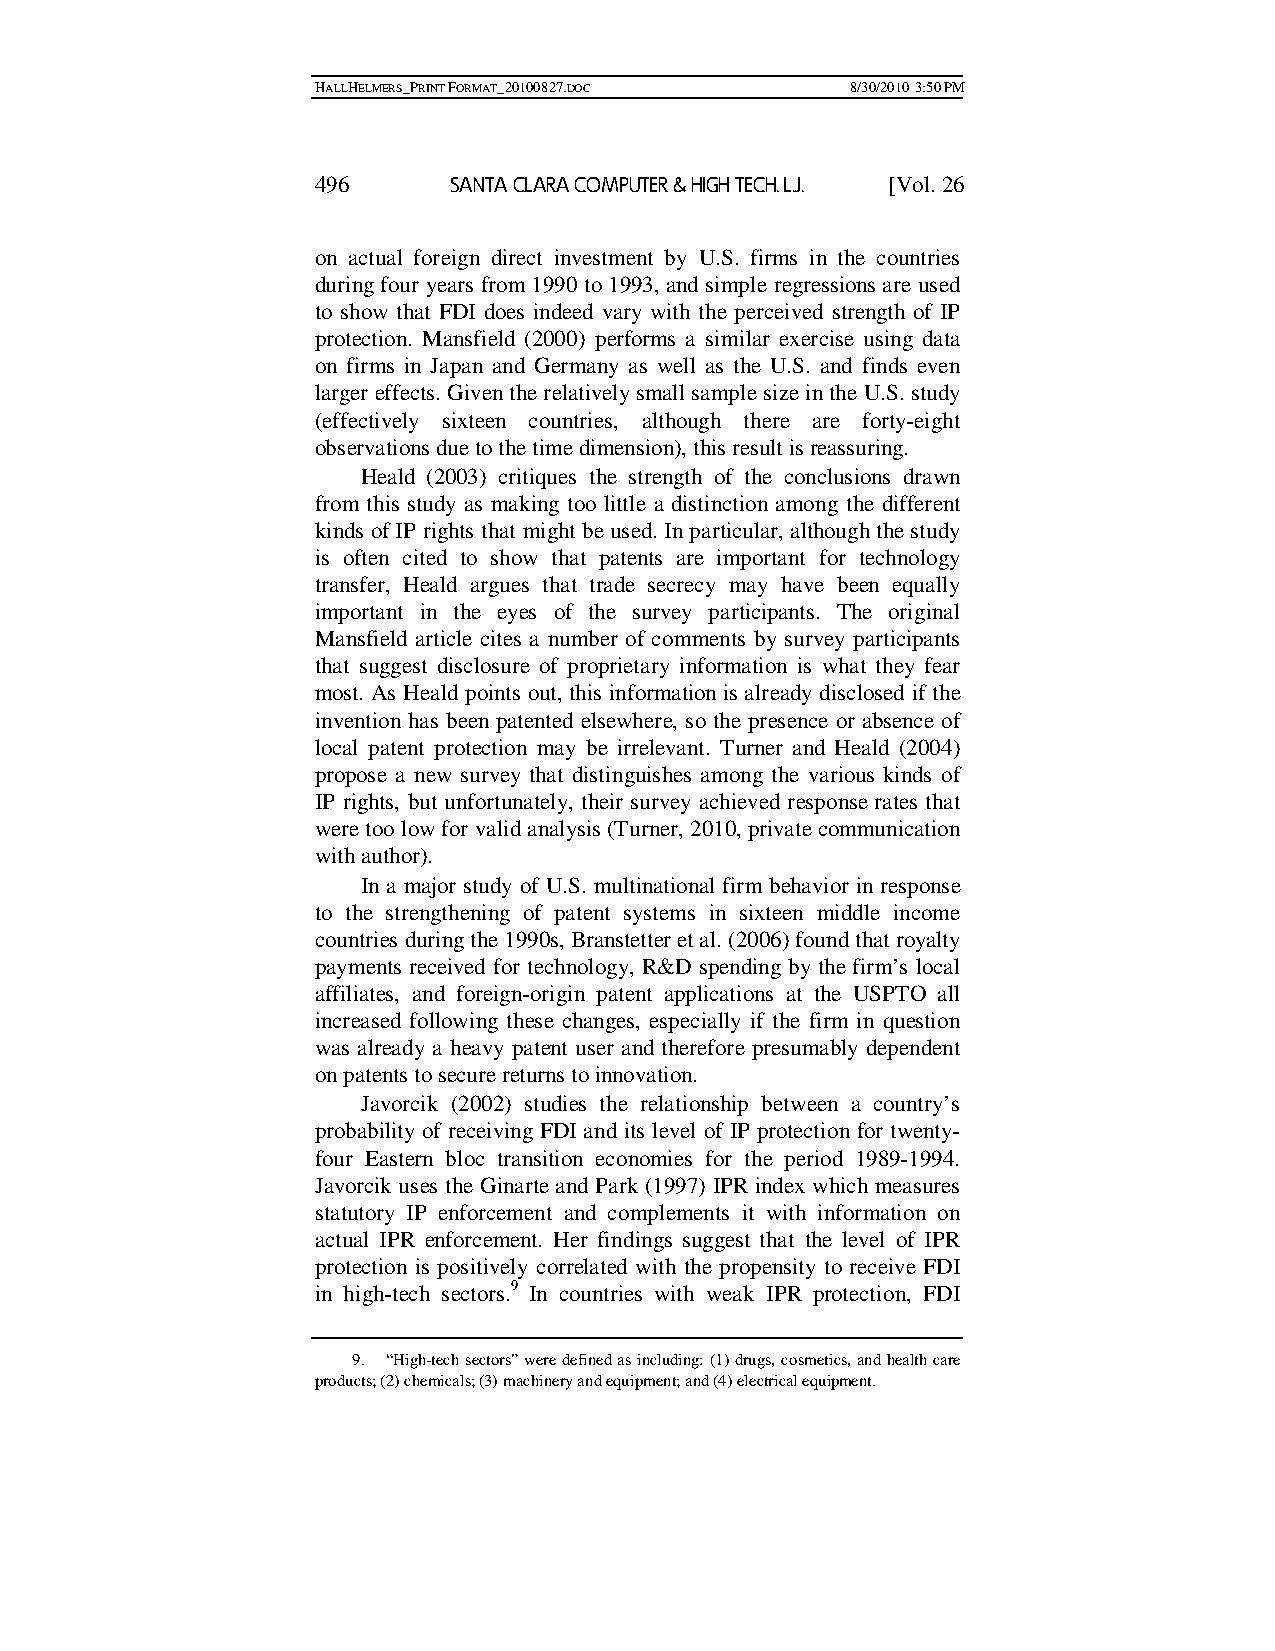
HALLHELMERS_PRINT FORMAT_20100827.DOC 8/30/2010 3:50 PM
 496      SANTA CLARA COMPUTER & HIGH TECH. L.J. [Vol. 26
 on actual foreign direct investment by U.S. firms in the countries
 during four years from 1990 to 1993, and simple regressions are used
 to show that FDI does indeed vary with the perceived strength of IP
 protection. Mansfield (2000) performs a similar exercise using data
 on firms in Japan and Germany as well as the U.S. and finds even
 larger effects. Given the relatively small sample size in the U.S. study
 (effectively sixteen countries, although there are forty-eight
 observations due to the time dimension), this result is reassuring.
 Heald (2003) critiques the strength of the conclusions drawn
 from this study as making too little a distinction among the different
 kinds of IP rights that might be used. In particular, although the study
 is often cited to show that patents are important for technology
 transfer, Heald argues that trade secrecy may have been equally
 important in the eyes of the survey participants. The original
 Mansfield article cites a number of comments by survey participants
 that suggest disclosure of proprietary information is what they fear
 most. As Heald points out, this information is already disclosed if the
 invention has been patented elsewhere, so the presence or absence of
 local patent protection may be irrelevant. Turner and Heald (2004)
 propose a new survey that distinguishes among the various kinds of
 IP rights, but unfortunately, their survey achieved response rates that
 were too low for valid analysis (Turner, 2010, private communication
 with author).
 In a major study of U.S. multinational firm behavior in response
 to the strengthening of patent systems in sixteen middle income
 countries during the 1990s, Branstetter et al. (2006) found that royalty
 payments received for technology, R&D spending by the firm’s local
 affiliates, and foreign-origin patent applications at the USPTO all
 increased following these changes, especially if the firm in question
 was already a heavy patent user and therefore presumably dependent
 on patents to secure returns to innovation.
 Javorcik (2002) studies the relationship between a country’s
 probability of receiving FDI and its level of IP protection for twenty-
 four Eastern bloc transition economies for the period 1989-1994.
 Javorcik uses the Ginarte and Park (1997) IPR index which measures
 statutory IP enforcement and complements it with information on
 actual IPR enforcement. Her findings suggest that the level of IPR
 protection is positively correlated with the propensity to receive FDI
 in high-tech sectors.9 In countries with weak IPR protection, FDI
 9. “High-tech sectors” were defined as including: (1) drugs, cosmetics, and health care
 products; (2) chemicals; (3) machinery and equipment; and (4) electrical equipment.